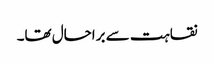
نقاہت سے براحال تھا۔